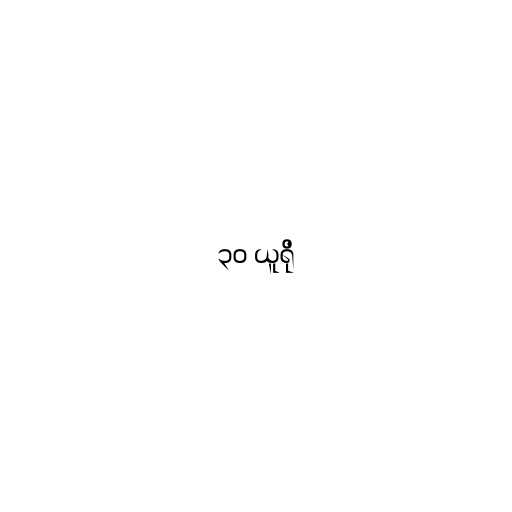
၃၀ ယူရို